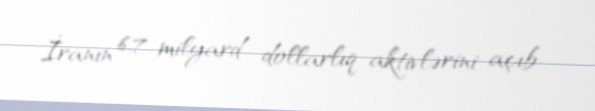
İranın 6,7 milyard dollarlıq aktivlərini açıb.